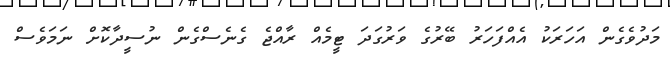
މަދުވެގެން އަހަރަކު އެއްފަހަރު ބޭރުގެ ވަރުގަދަ ޓީމެއް ރާއްޖެ ގެނެސްގެން ނުސީދާކޮށް ނަމަވެސް